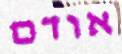
אודם